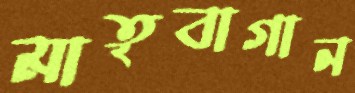
মাতৃবাগান